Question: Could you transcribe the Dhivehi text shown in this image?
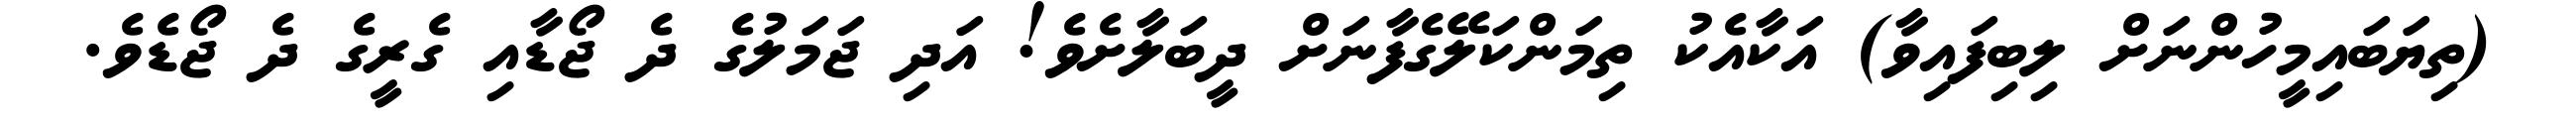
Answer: (ތިޔަބައިމީހުންނަށް ލިބިފައިވާ) އަކާއެކު ތިމަންކަލޭގެފާނަށް ދީބަލާށެވެ! އަދި ޖަމަލުގެ ދެ ޖޯޑާއި ގެރީގެ ދެ ޖޯޑެވެ.